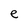
Character: e